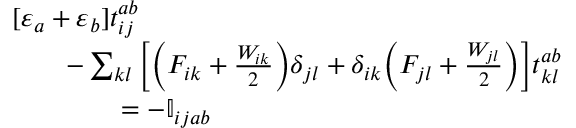
\begin{array} { r l } & { [ \varepsilon _ { a } + \varepsilon _ { b } ] t _ { i j } ^ { a b } } \\ & { \qquad - \sum _ { k l } \bigg [ \bigg ( F _ { i k } + \frac { W _ { i k } } { 2 } \bigg ) \delta _ { j l } + \delta _ { i k } \bigg ( F _ { j l } + \frac { W _ { j l } } { 2 } \bigg ) \bigg ] t _ { k l } ^ { a b } } \\ & { \qquad \qquad = - \mathbb { I } _ { i j a b } } \end{array}